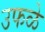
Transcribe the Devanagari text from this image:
उफळे